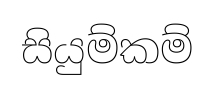
සියුම්කම්